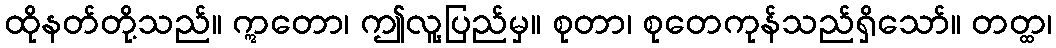
ထိုနတ်တို့သည်။ ဣတော၊ ဤလူ့ပြည်မှ။ စုတာ၊ စုတေကုန်သည်ရှိသော်။ တတ္ထ၊